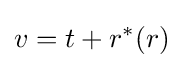
v=t+r^{*}(r)